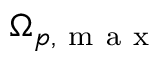
\Omega _ { p , \mathrm { ~ m ~ a ~ x ~ } }